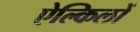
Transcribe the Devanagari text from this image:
ऐल्किलों